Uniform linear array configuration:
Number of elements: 64
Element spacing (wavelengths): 0.25
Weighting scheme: hamming
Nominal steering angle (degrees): -30
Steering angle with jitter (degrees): -28.226
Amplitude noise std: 0.05
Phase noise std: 0.05

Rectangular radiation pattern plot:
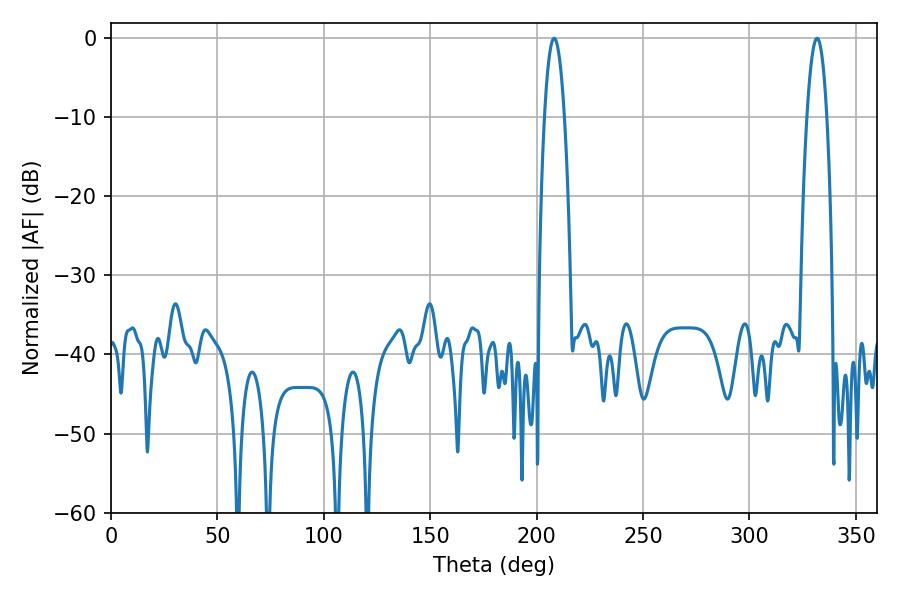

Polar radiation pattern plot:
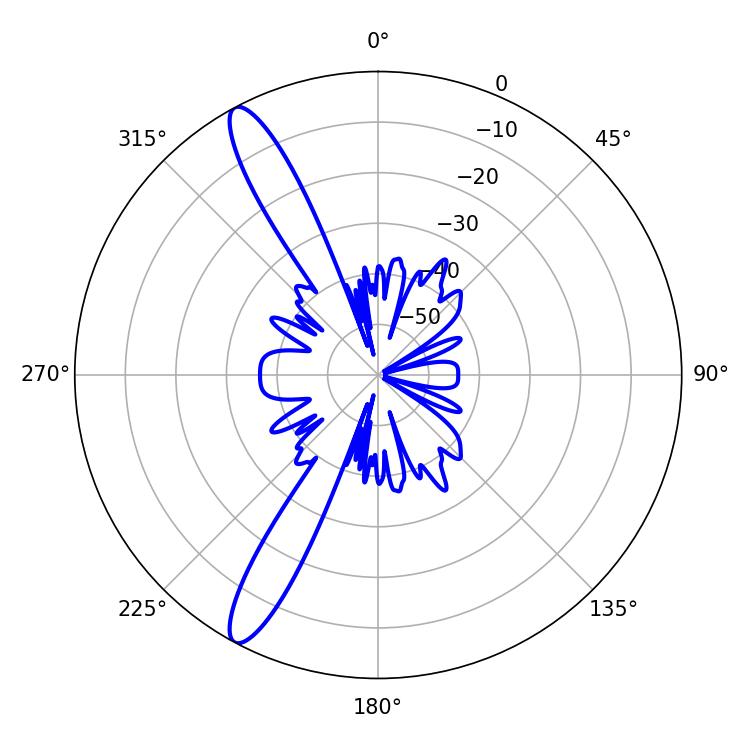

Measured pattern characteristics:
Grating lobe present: FALSE
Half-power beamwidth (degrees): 5.04
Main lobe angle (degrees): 331.74